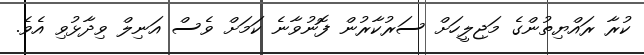
ކުރާ ރައްޔިތުންގެ މަޖިލީހަށް ސަރުކާރުން ފޮނުވާނެ ކަމަށް ވެސް އަނިލް ވިދާޅުވި އެވެ.